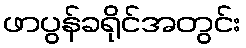
ဖာပွန်ခရိုင်အတွင်း